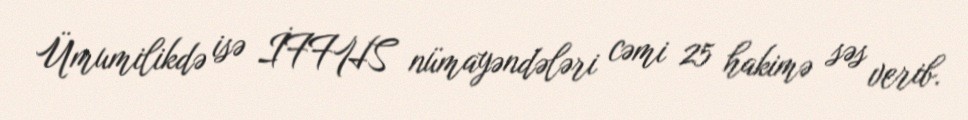
Ümumilikdə isə İFFHS nümayəndələri cəmi 25 hakimə səs verib.